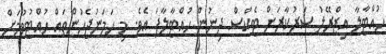
ހުއްޓާލާ އިޒްރޭލު ސަރުކާރަށް ޓެކްސް ދިނުން ހުއްޓާލާފަ އެވެ. މި ހަމަނުޖެހުންތައް ހުއްޓުވުމަށް